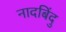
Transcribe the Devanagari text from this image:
नादबिंदु